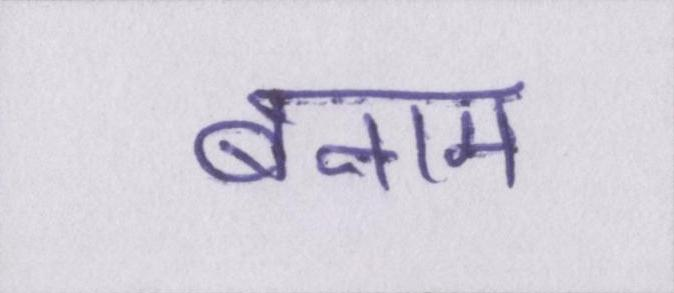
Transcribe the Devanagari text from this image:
बनाम